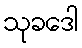
သုခဒေါ